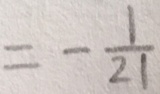
= - \frac { 1 } { 2 1 }